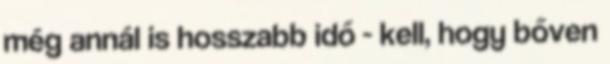
még annál is hosszabb idő - kell, hogy bőven